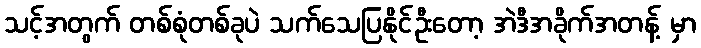
သင့်အတွက် တစ်စုံတစ်ခုပဲ သက်သေပြနိုင်ဦးတော့ အဲဒီအခိုက်အတန့် မှာ